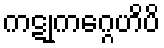
ကဋုကဂ္ဂေဟိပိ